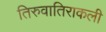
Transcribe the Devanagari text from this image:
तिरुवातिराकली